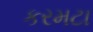
કરમટા